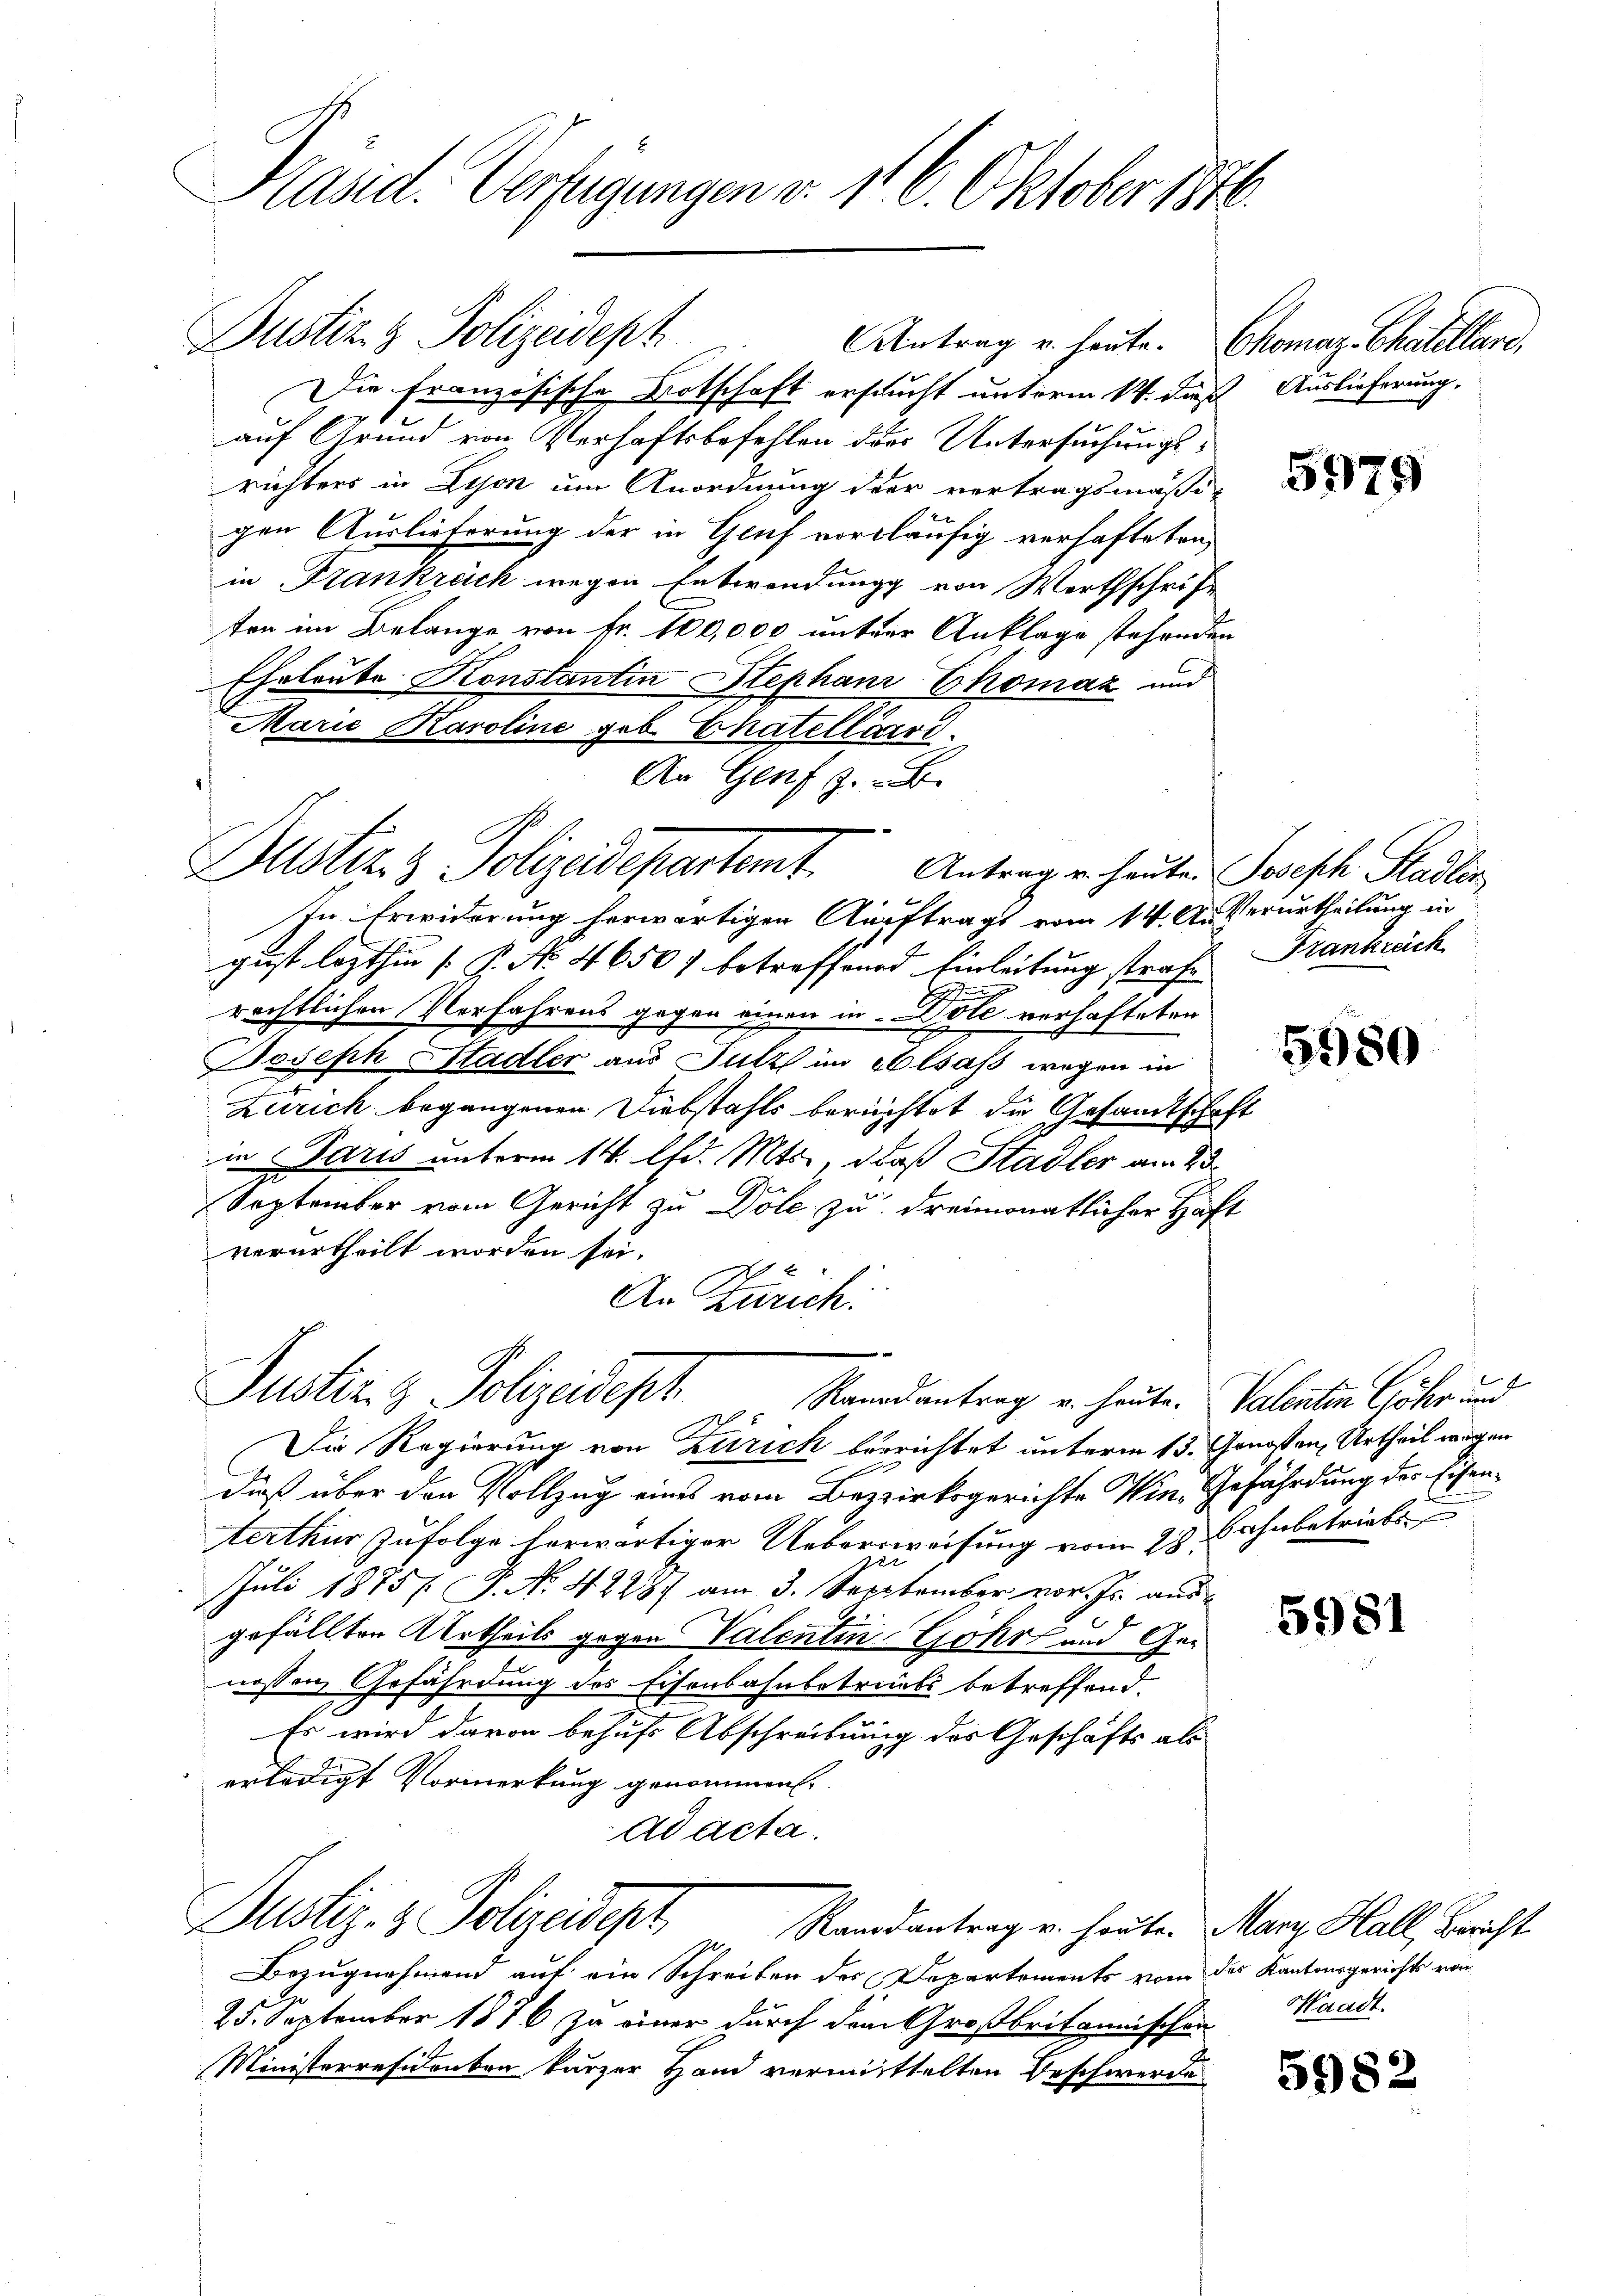
Präsid. Verfügungen v. 116. Oktober 1876.

Justiz & Polizeidept

Antrag u. heute. Chomaz. Chatellare,
Die französische Botschaft ersucht unterm 14. daß Auslieferung,
auf Grund von Verhaftsbefehlen des Untersuchungsrichters in Lyon um Anordnung der vertragsmäßi-
gen Auslieferung der in Gruf vorläufig verhafteten,
in Frankrech wegen Entwendung von Werthschrift
ten im Belange von Fr. 100,000 unterer Anklage stehenden
Eheleute Konstantin Stephani Ekomaz und
Marie Karoline geb. Chatellersc
An Genf z.
Justiz & Polizeidepartamt Antrag u. heuten Joseph Stadler,
In Erwiderung herwärtigen Auftrags vom 14. Außerurtheilung in
gust lezthin [P. No 4650 f betreffend Einleitung strafe Frankreich
rechtlichen Verfahrens gegen einen in Bote verhafteten
Joseph Stadler aus Sutz im Elsaß wegen in
Zürich begangenen Diebstahls berechtet die Gesandtschaft
in Paris unterm 14. lfd. Mts., daß Stadler am 23.
September vom Gericht zu Dole zu dreimonatlicher Haft
verurtheilt worden sei.
An Zürich:

Justiz- & Polizeidept. Mandantrag u. heute Valenten Güter und

Die Regierung von Zürich berrichtet unterm 15. Genosten, Urtheil wegen
dieß über den Vollzug eines vom Bezirksgerichte Win- Gefährdung der Eisenterthur zufolge herwärtiger Ueberweisung vom 28. Ahnbetriebs
Juli 1875 f. P. Nr. 4228) am 3. September vor. Js. aus
gefällten Urtheils gegen Valentin-Gohr und Genossen Gefährdung des Eisenbahnbetriebs betreffend.
Es wird davon behufs Abschreibung des Geschäfts als
erledigt Vormerkung genommen.
ad acta.
Justiz- & Polizeidept, Randantrag u. heuten Manz Hall, Bericht
Bezugnehmend auf ein Schreiben des Departements vom des Kantonsgerichts von
25. September 1876 zu einer durch dem Großbritannischen
Ministerresidenten kurzer Hand vermittelten Beschwerde

5979

5980

5981

Waadt.

5982